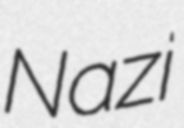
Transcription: Nazi